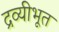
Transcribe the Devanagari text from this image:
द्रव्यीभूत